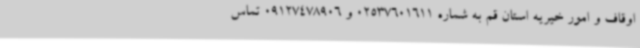
اوقاف و امور خیریه استان قم به شماره 02537601611 و 09127478906 تماس